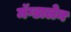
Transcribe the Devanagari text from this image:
मॅग्डालेन